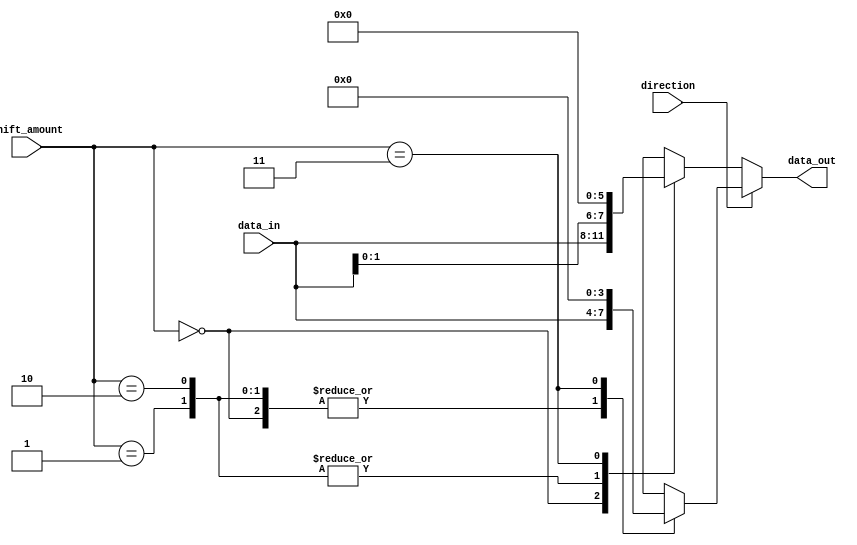
module barrel_shifter (
    input [3:0] data_in,
    input [1:0] shift_amount,
    input direction,
    output reg [3:0] data_out
);

always @(data_in, shift_amount, direction) begin
    if (direction) begin // shift right
        case(shift_amount)
            2'b00: data_out <= data_in;
            2'b01: data_out <= {data_in[0], data_in};
            2'b10: data_out <= {2'b00, data_in};
            2'b11: data_out <= 4'b0000;
        endcase
    end else begin // shift left
        case(shift_amount)
            2'b00: data_out <= data_in;
            2'b01: data_out <= {data_in[1:0], 2'b00};
            2'b10: data_out <= {data_in[2:0], 2'b00};
            2'b11: data_out <= 4'b0000;
        endcase
    end
end

endmodule